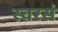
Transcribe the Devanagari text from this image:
स्वरसं